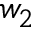
w _ { 2 }